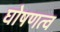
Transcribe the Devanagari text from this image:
घोषणत्व